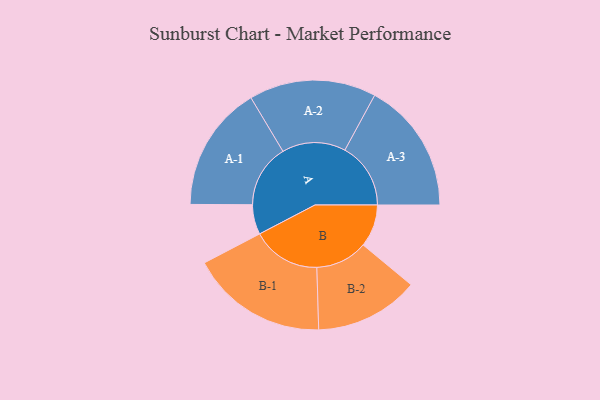
{"axis": {"x": "Segment", "y": "Value"}, "legend": ["", "A", "B"], "data": [{"x": "A", "y": 106, "type": ""}, {"x": "B", "y": 151, "type": ""}, {"x": "A-1", "y": 224, "type": "A"}, {"x": "A-2", "y": 226, "type": "A"}, {"x": "A-3", "y": 234, "type": "A"}, {"x": "B-1", "y": 244, "type": "B"}, {"x": "B-2", "y": 185, "type": "B"}]}